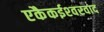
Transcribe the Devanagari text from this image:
एकैकईश्‍वरवाद